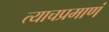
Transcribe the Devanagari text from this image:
त्याचप्रमाणं